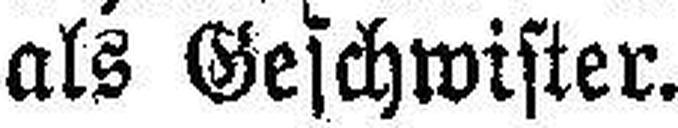
als Geschwister.